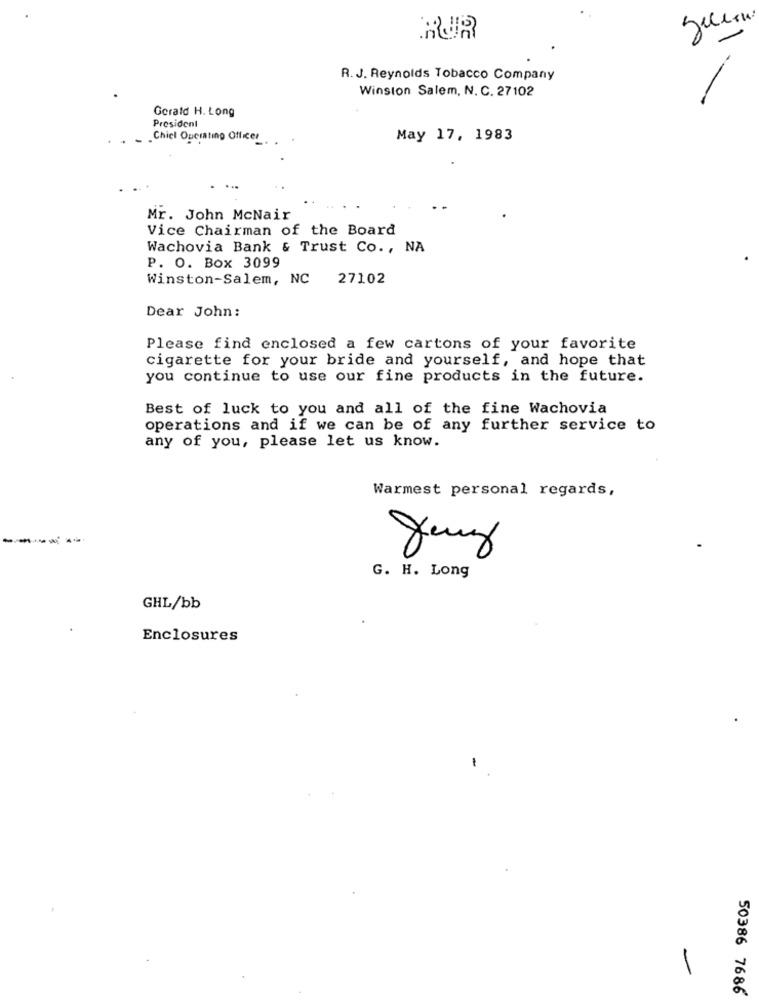
RUR
R. J. Reynolds Tobacco Company
Winston Salem, N. C. 27102
Gerald H. Long
President
.Chiel Operating Officer
May 17, 1983
Mr. John McNair
Vice Chairman of the Board
Wachovia Bank & Trust Co ., NA
P. O. Box 3099
Winston-Salem, NC
27102
Dear John:
Please find enclosed a few cartons of your favorite
cigarette for your bride and yourself, and hope that
you continue to use our fine products in the future.
Best of luck to you and all of the fine Wachovia
operations and if we can be of any further service to
any of you, please let us know.
Warmest personal regards,
G. H. Long
GHL/bb
Enclosures
-
50386 7686